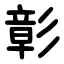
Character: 彰